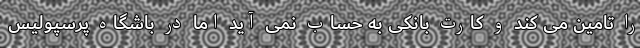
را تامین می کند و کارت بانکی به حساب نمی آید اما در باشگاه پرسپولیس